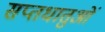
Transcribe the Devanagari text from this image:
सप्तधातुओं